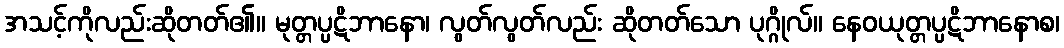
အသင့်ကိုလည်းဆိုတတ်၏။ မုတ္တပ္ပဋိဘာနော၊ လွတ်လွတ်လည်း ဆိုတတ်သော ပုဂ္ဂိုလ်။ နေဝယုတ္တပ္ပဋိဘာနောစ၊